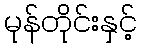
မုန်တိုင်းနှင့်